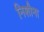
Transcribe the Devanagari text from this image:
निशीना